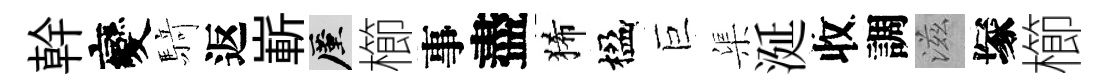
幹變𮪍返嶄厪櫛事盡狶楹巨渠涎收調滋塚櫛